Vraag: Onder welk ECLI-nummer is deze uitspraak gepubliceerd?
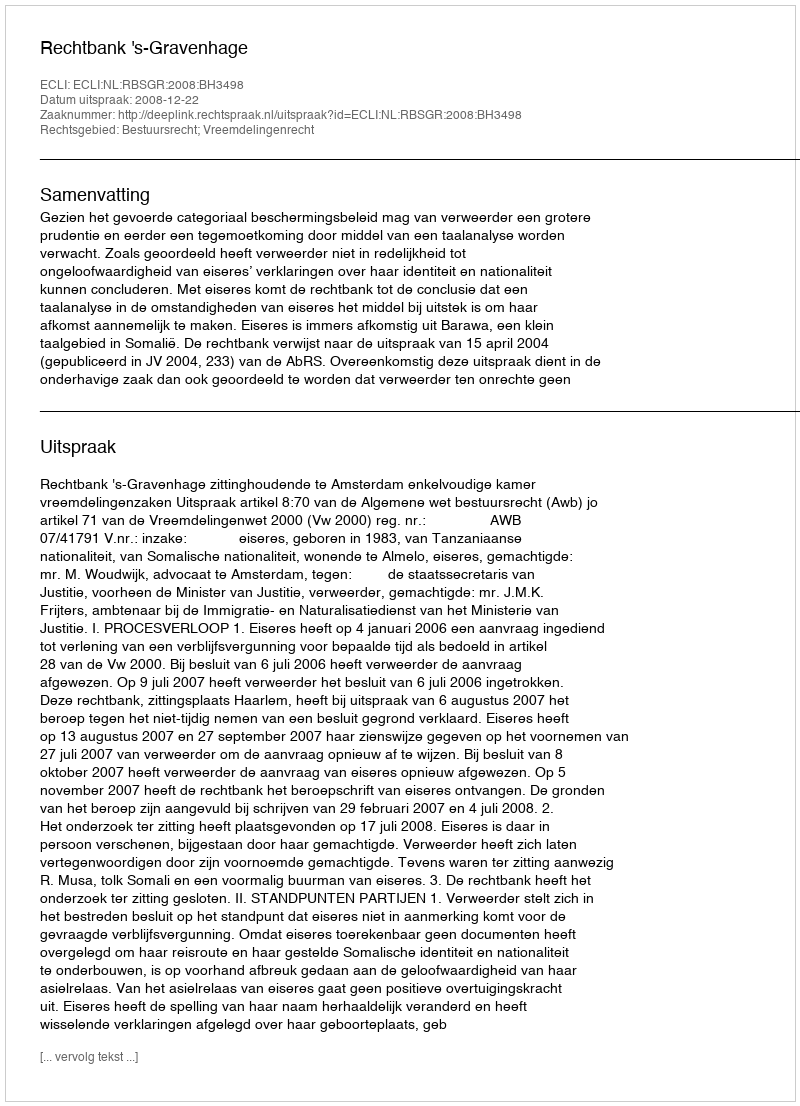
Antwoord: ECLI:NL:RBSGR:2008:BH3498